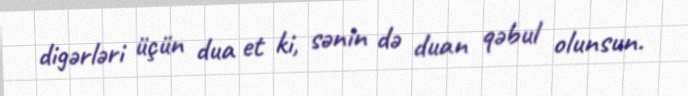
digərləri üçün dua et ki, sənin də duan qəbul olunsun.